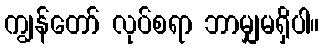
ကျွန်တော် လုပ်စရာ ဘာမျှမရှိပါ။